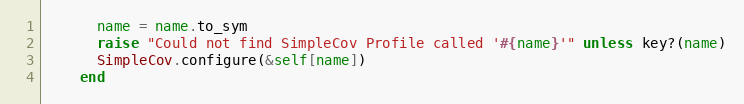
Language: Ruby
      name = name.to_sym
      raise "Could not find SimpleCov Profile called '#{name}'" unless key?(name)
      SimpleCov.configure(&self[name])
    end